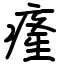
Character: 𤸇